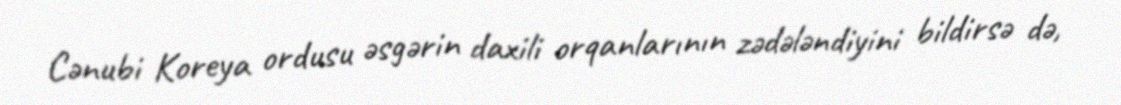
Cənubi Koreya ordusu əsgərin daxili orqanlarının zədələndiyini bildirsə də,